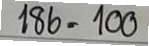
186 = 100